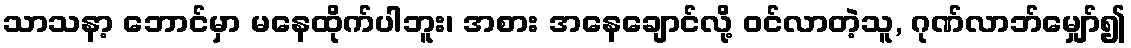
သာသနာ့ ဘောင်မှာ မနေထိုက်ပါဘူး၊ အစား အနေချောင်လို့ ဝင်လာတဲ့သူ, ဂုဏ်လာဘ်မျှော်၍